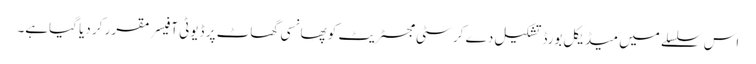
اس سلسلے میں میڈیکل بورڈ تشکیل دے کر سٹی مجسٹریٹ کو پھانسی گھاٹ پر ڈیوٹی آفیسر مقرر کر دیا گیاہے۔